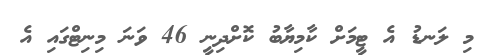
މި ލަނޑު އެ ޓީމަށް ކާމިޔާބު ކޮށްދިނީ 46 ވަނަ މިނިޓްގައި އެ